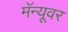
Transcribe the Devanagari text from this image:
मॅन्यूवर